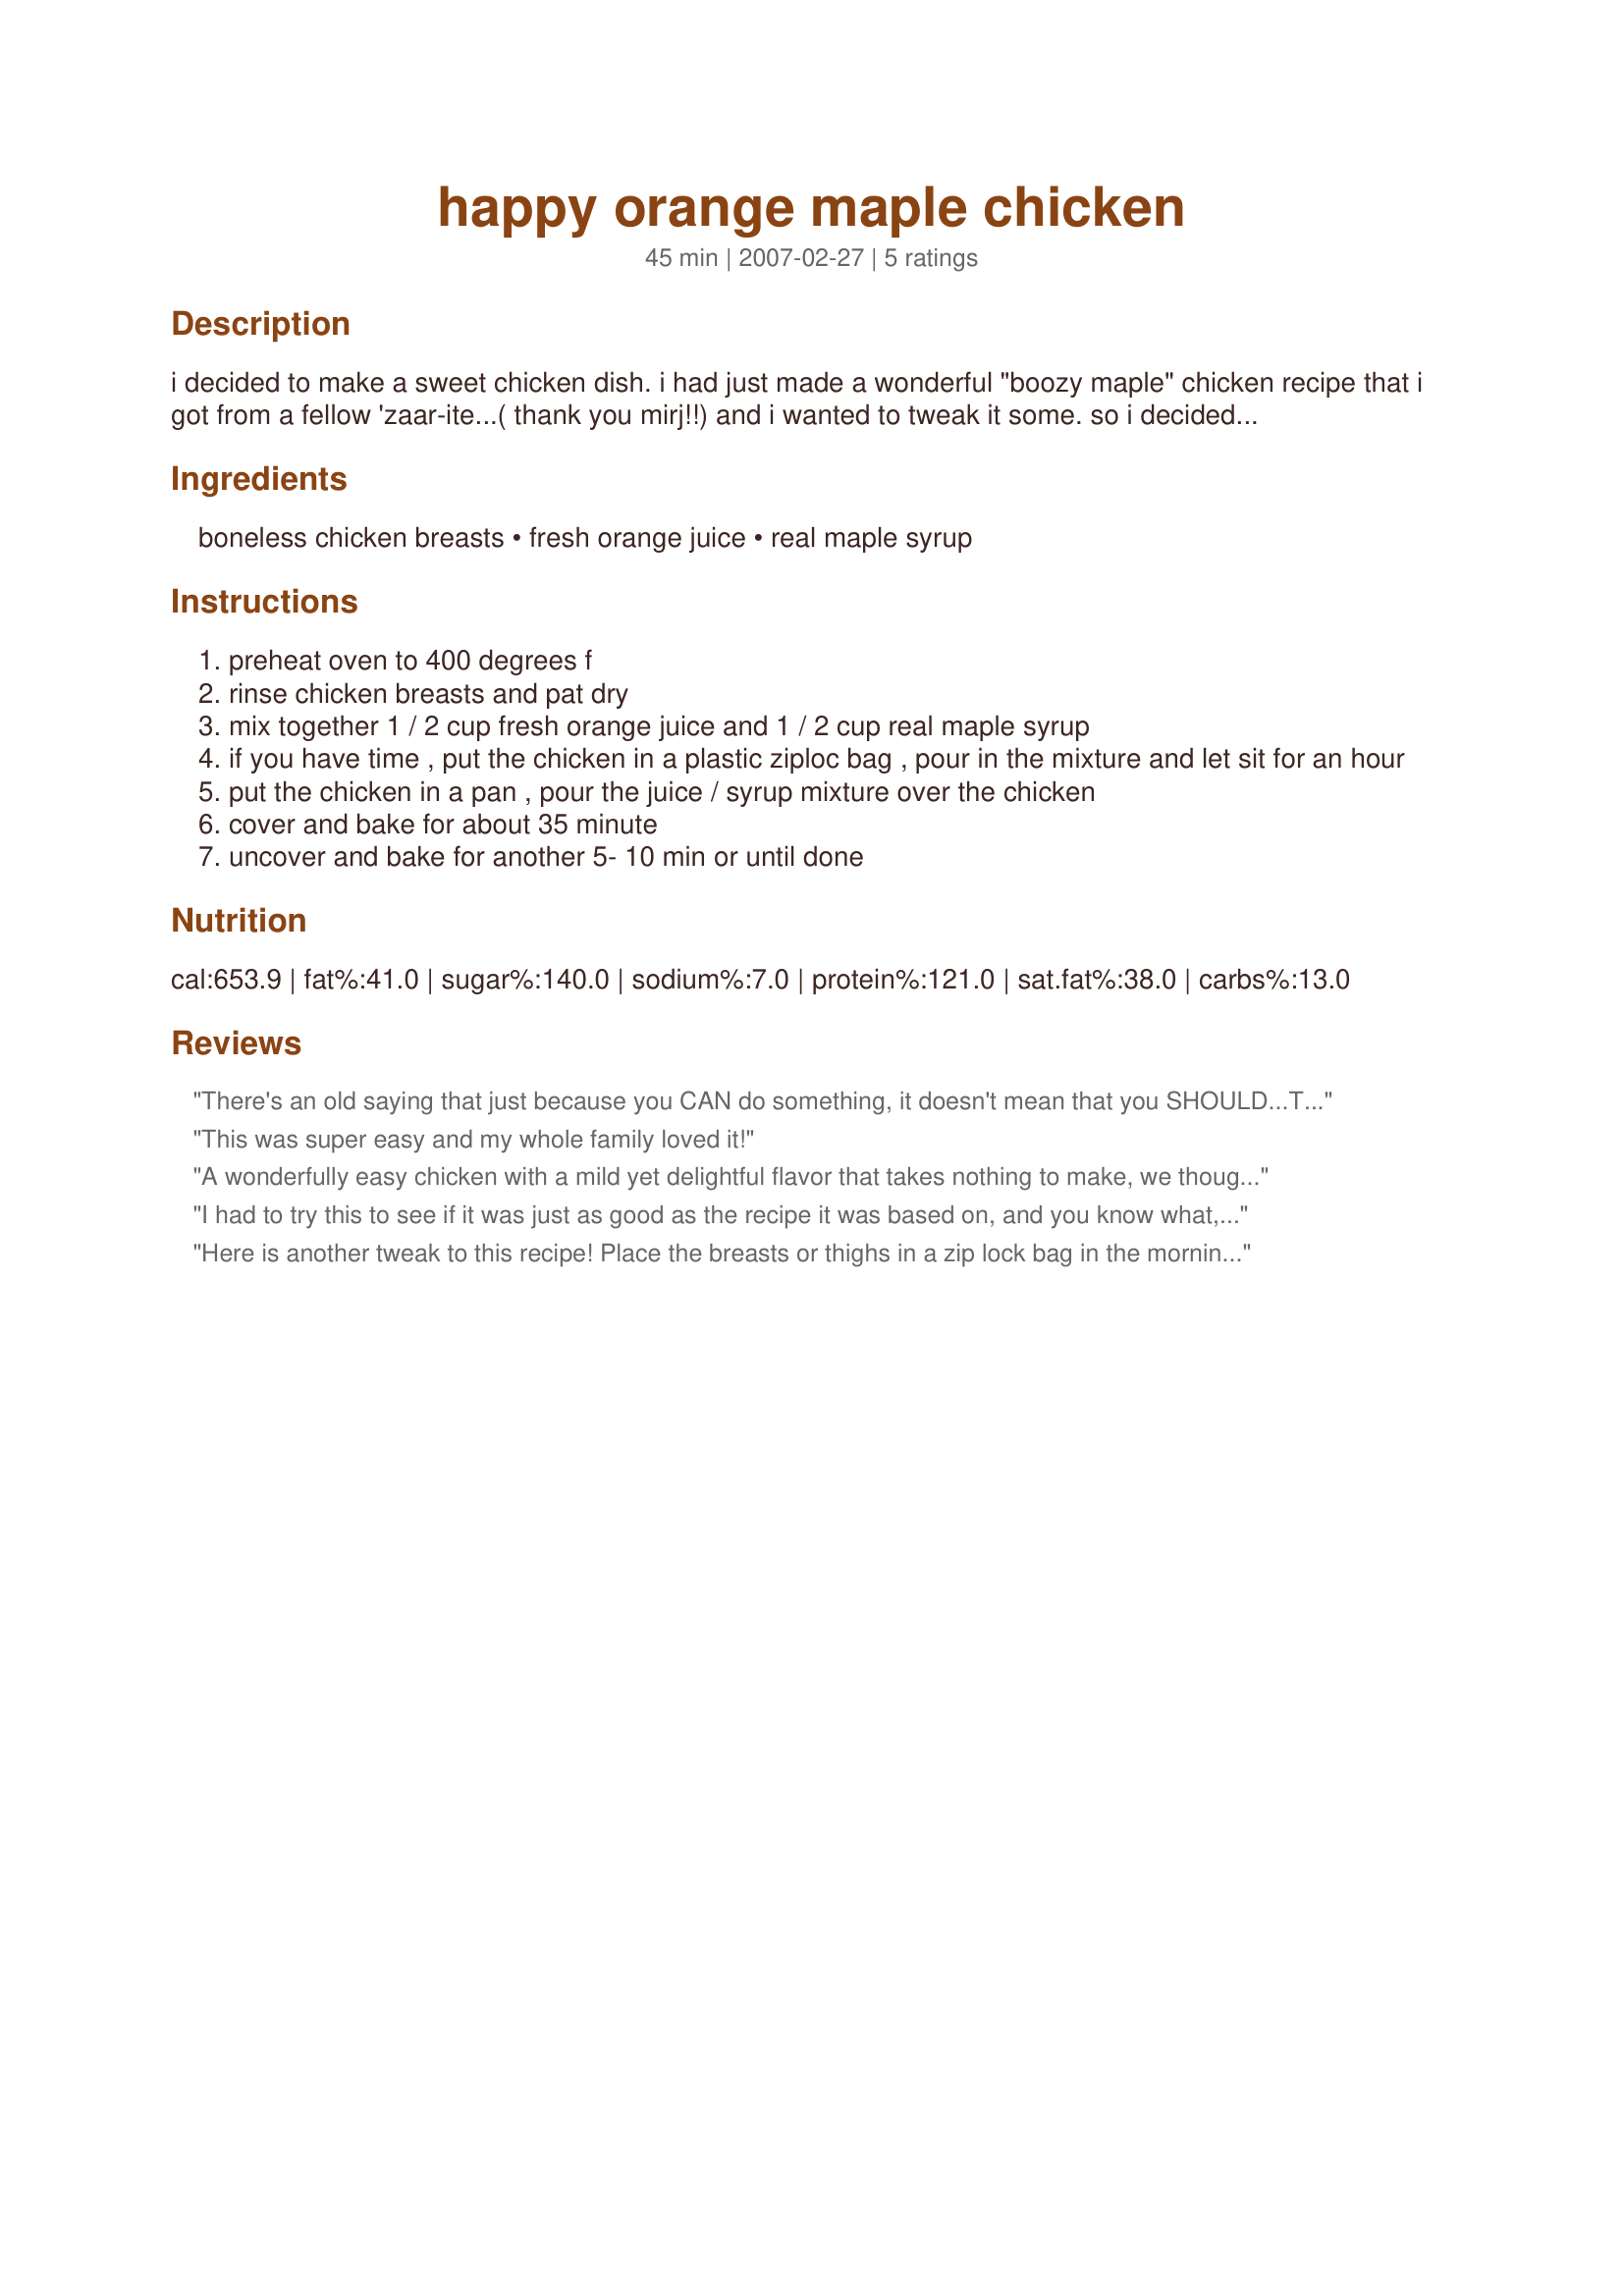
happy orange maple chicken
Preparation time: 45 minutes

i decided to make a sweet chicken dish. i had just made a wonderful "boozy maple" chicken recipe that i got from a fellow 'zaar-ite...( thank you mirj!!) and i wanted to tweak it some. so i decided to use maple syrup and orange juice (in place of the booze in the other recipe). it worked out just fine!i had time to let them marinate for an hour before cooking, but i believe it would be fine just baking it without the marinating time. you could also use any other chicken or turkey that you like.

Ingredients:
boneless chicken breasts, fresh orange juice, real maple syrup

Steps:
preheat oven to 400 degrees f
rinse chicken breasts and pat dry
mix together 1 / 2 cup fresh orange juice and 1 / 2 cup real maple syrup
if you have time , put the chicken in a plastic ziploc bag , pour in the mixture and let sit for an hour
put the chicken in a pan , pour the juice / syrup mixture over the chicken
cover and bake for about 35 minute
uncover and bake for another 5- 10 min or until done

Reviews:
There's an old saying that just because you CAN do something, it doesn't mean that you SHOULD...The same could be said for this orange maple combination! The original recipe that this is allegedly 'tweaked' from is called Mirj's Boozy Maple Chicken #144853...Mirj's original, IMO, is far superior to this 'orange maple' concoction which we didn't like AT all...We'll be making Mirj's Boozy Maple Chicken #144853 instead from now on!
This was super easy and my whole family loved it!
A wonderfully easy chicken with a mild yet delightful flavor that takes nothing to make, we thought it paired extremely well with Recipe #214256. I made as written chilling for 2 hours and cutting the recipe in half which worked out perfectly. We will be enjoying this again as it made such a nice dinner. Thanks for the post.
I had to try this to see if it was just as good as the recipe it was based on, and you know what, it is! As I was already using an orange to get the juice I decided to zest it as well and add the zest to the sauce. Lovely flavor, thanks for the tweak!
Here is another tweak to this recipe! Place the breasts or thighs in a zip lock bag in the morning with the orange juice and maple syrup. Shake a few times and leave in the frig all day. Drain the chicken, save the marinate. Cover the chicken with panko crumbs by rolling in a crumb filled pan, bake as stated. Slice 2 sweet potatoes or yams with skin on and place in the reserved marinate.
Place in a greased baking pan so the vegies are laid in one layer with the marinate.
Dot with butter and cover and bake the same time as the chicken.
